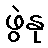
ဖွဲနု